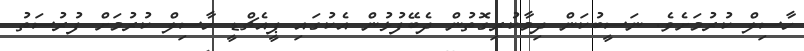
ހާސިލް ކުރުމަށެވެ. ނަސީބުކަން ދިމާކުރިގޮތުން ދެބޭފުޅުން އެކުގައި ޕީއެޗްޑީ ހާސިލް ކުރުމަށް ފުރުސަތު